Report of the Indian Hemp Drugs Commission, 1894-1895 - Volume V
Year: 1894
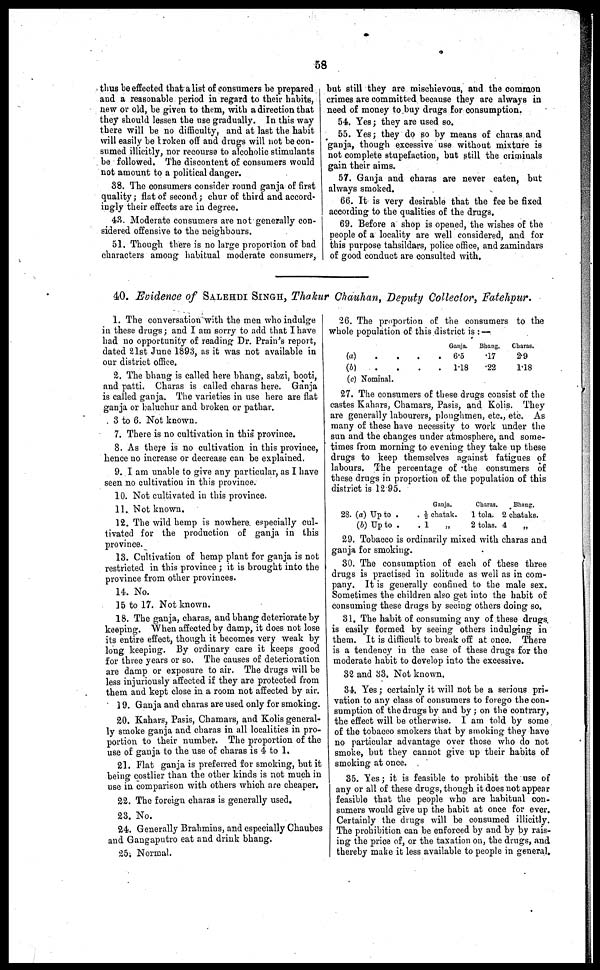
58
thus be effected that a list of consumers he prepared
and a reasonable period in regard to their habits,
new or old, be given to them, with a direction that
they should lessen the use gradually. In this way
there will be no difficulty, and at last the habit
will easily be broken off and drugs will not be con-
sumed illicitly, nor recourse to alcoholic stimulants
be followed. The discontent of consumers would
not amount to a political danger.
38. The consumers consider round ganja of first
quality ; flat of second ; chur of third and accord-
ingly their effects are in degree.
43. Moderate consumers are not generally con-
sidered offensive to the neighbours.
51. Though there is no large proportion of bad
characters among habitual moderate consumers,
but still they are mischievous, and the common
crimes are committed because they are always in
need of money to buy drugs for consumption.
54. Yes ; they are used so.
55. Yes ; they do so by means of charas and
ganja, though excessive use without mixture is
not complete stupefaction, but still the criminals
gain their aims.
57. Ganja and charas are never eaten, but
always smoked.
66. It is very desirable that the fee be fixed
according to the qualities of the drugs.
69. Before a shop is opened, the wishes of the
people of a locality are well considered, and for
this purpose tahsildars, police office, and zamindars
of good conduct are consulted with.
40. Evidence of SALEHDI SINGH, Thakur Chauhan, Deputy Collector, Fatehpur.
1. The conversation with the men who indulge
in these drugs ; and I am sorry to add that I have
had no opportunity of reading Dr. Prain's report,
dated 21st June 1893, as it was not available in
our district office.
2. The bhang is called here bhang, sabzi, booti,
and patti. Charas is called charas here. Ganja
is called ganja. The varieties in use here are flat
ganja or baluchur and broken or pathar.
3 to 6. Not known.
7. There is no cultivation in this province.
8. As there is no cultivation in this province,
hence no increase or decrease can be explained.
9. I am unable to give any particular, as I have
seen no cultivation in this province.
10. Not cultivated in this province.
11. Not known.
12. The wild hemp is nowhere especially cul-
tivated for the production of ganja in this
province.
13. Cultivation of hemp plant for ganja is not
restricted in this province ; it is brought into the
province from other provinces.
14. No.
15 to 17. Not known.
18. The ganja, charas, and bhang deteriorate by
keeping. When affected by damp, it does not lose
its entire effect, though it becomes very weak by
long keeping. By ordinary care it keeps good
for three years or so. The causes of deterioration
are damp or exposure to air. The drugs will be
less injuriously affected if they are protected from
them and kept close in a room not affected by air.
19. Ganja and charas are used only for smoking.
20. Kahars, Pasis, Chamars, and Kolis general-
ly smoke ganja and charas in all localities in pro-
portion to their number. The proportion of the
use of ganja to the use of charas is 4 to 1.
21. Flat ganja is preferred for smoking, but it
being costlier than the other kinds is not much in
use in comparison with others which are cheaper.
22. The foreign charas is generally used.
23. No.
24. Generally Brahmins, and especially Chaubes
and Gangaputro eat and drink bhang.
25; Normal.
26. The proportion of the consumers to the
whole population of this district is :—
(a)
.
.
. .
(b)
.
.
.
.
(c) Nominal.
Ganja.
6.5
1.18
Bhang.
.17
.22
Charas.
2.9
1.18
27. The consumers of these drugs consist of the
castes Kahars, Chamars, Pasis, and Kolis. They
are generally labourers, ploughmen, etc., etc. As
many of these have necessity to work under the
sun and the changes under atmosphere, and some-
times from morning to evening they take up these
drugs to keep themselves against fatigues of
labours. The percentage of the consumers of
these drugs in proportion of the population of this
district is 12.95.
28. (a) Up to .
(b) Up to .
Ganja.
. ½ chatak.
. 1 „
Charas.
1 tola.
2 tolas.
. Bhang.
2 chataks.
4
„
29. Tobacco is ordinarily mixed with charas and
ganja for smoking.
30. The consumption of each of these three
drugs is practised in solitude as well as in com-
pany. It is generally confined to the male sex.
Sometimes the children also get into the habit of
consuming these drugs by seeing others doing so.
31. The habit of consuming any of these drugs
is easily formed by seeing others indulging in
them. It is difficult to break off at once. There
is a tendency in the case of these drugs for the
moderate habit to develop into the excessive.
32 and 33. Not known.
34. Yes ; certainly it will not be a serious pri-
vation to any class of consumers to forego the con-
sumption of the drugs by and by ; on the contrary,
the effect will be otherwise. I am told by some
of the tobacco smokers that by smoking they have
no particular advantage over those who do not
smoke, but they cannot give up their habits of
smoking at once.
35. Yes ; it is feasible to prohibit the use of
any or all of these drugs, though it does not appear
feasible that the people who are habitual con-
sumers would give up the habit at once for ever.
Certainly the drugs will be consumed illicitly.
The prohibition can be enforced by and by by rais-
ing the price of, or the taxation on, the drugs, and
thereby make it less available to people in general.